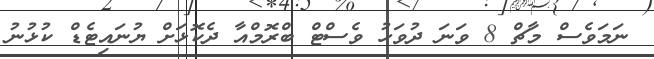
ނަމަވެސް މާޗް 8 ވަނަ ދުވަހު ވެސްޓް ބްރޮމްއާ ދެކޮޅަށް ޔުނައިޓެޑް ކުޅުނު